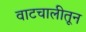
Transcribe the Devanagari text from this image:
वाटचालीतून